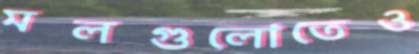
মলগুলোতেও